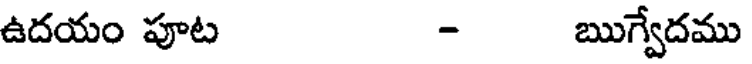
ఉదయం పూట - ఋగ్వేదము